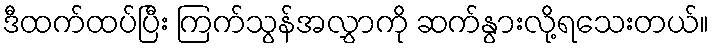
ဒီထက်ထပ်ပြီး ကြက်သွန်အလွှာကို ဆက်နွားလို့ရသေးတယ်။